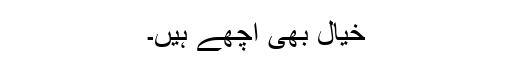
خیال بھی اچھے ہیں۔